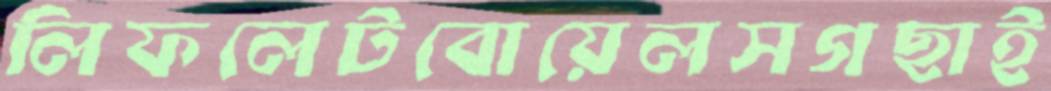
লিফলেটবোয়েলসগছাই